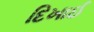
દિખાઈ